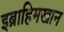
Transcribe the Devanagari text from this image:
इब्राहिमखान